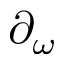
\partial _ { \omega }